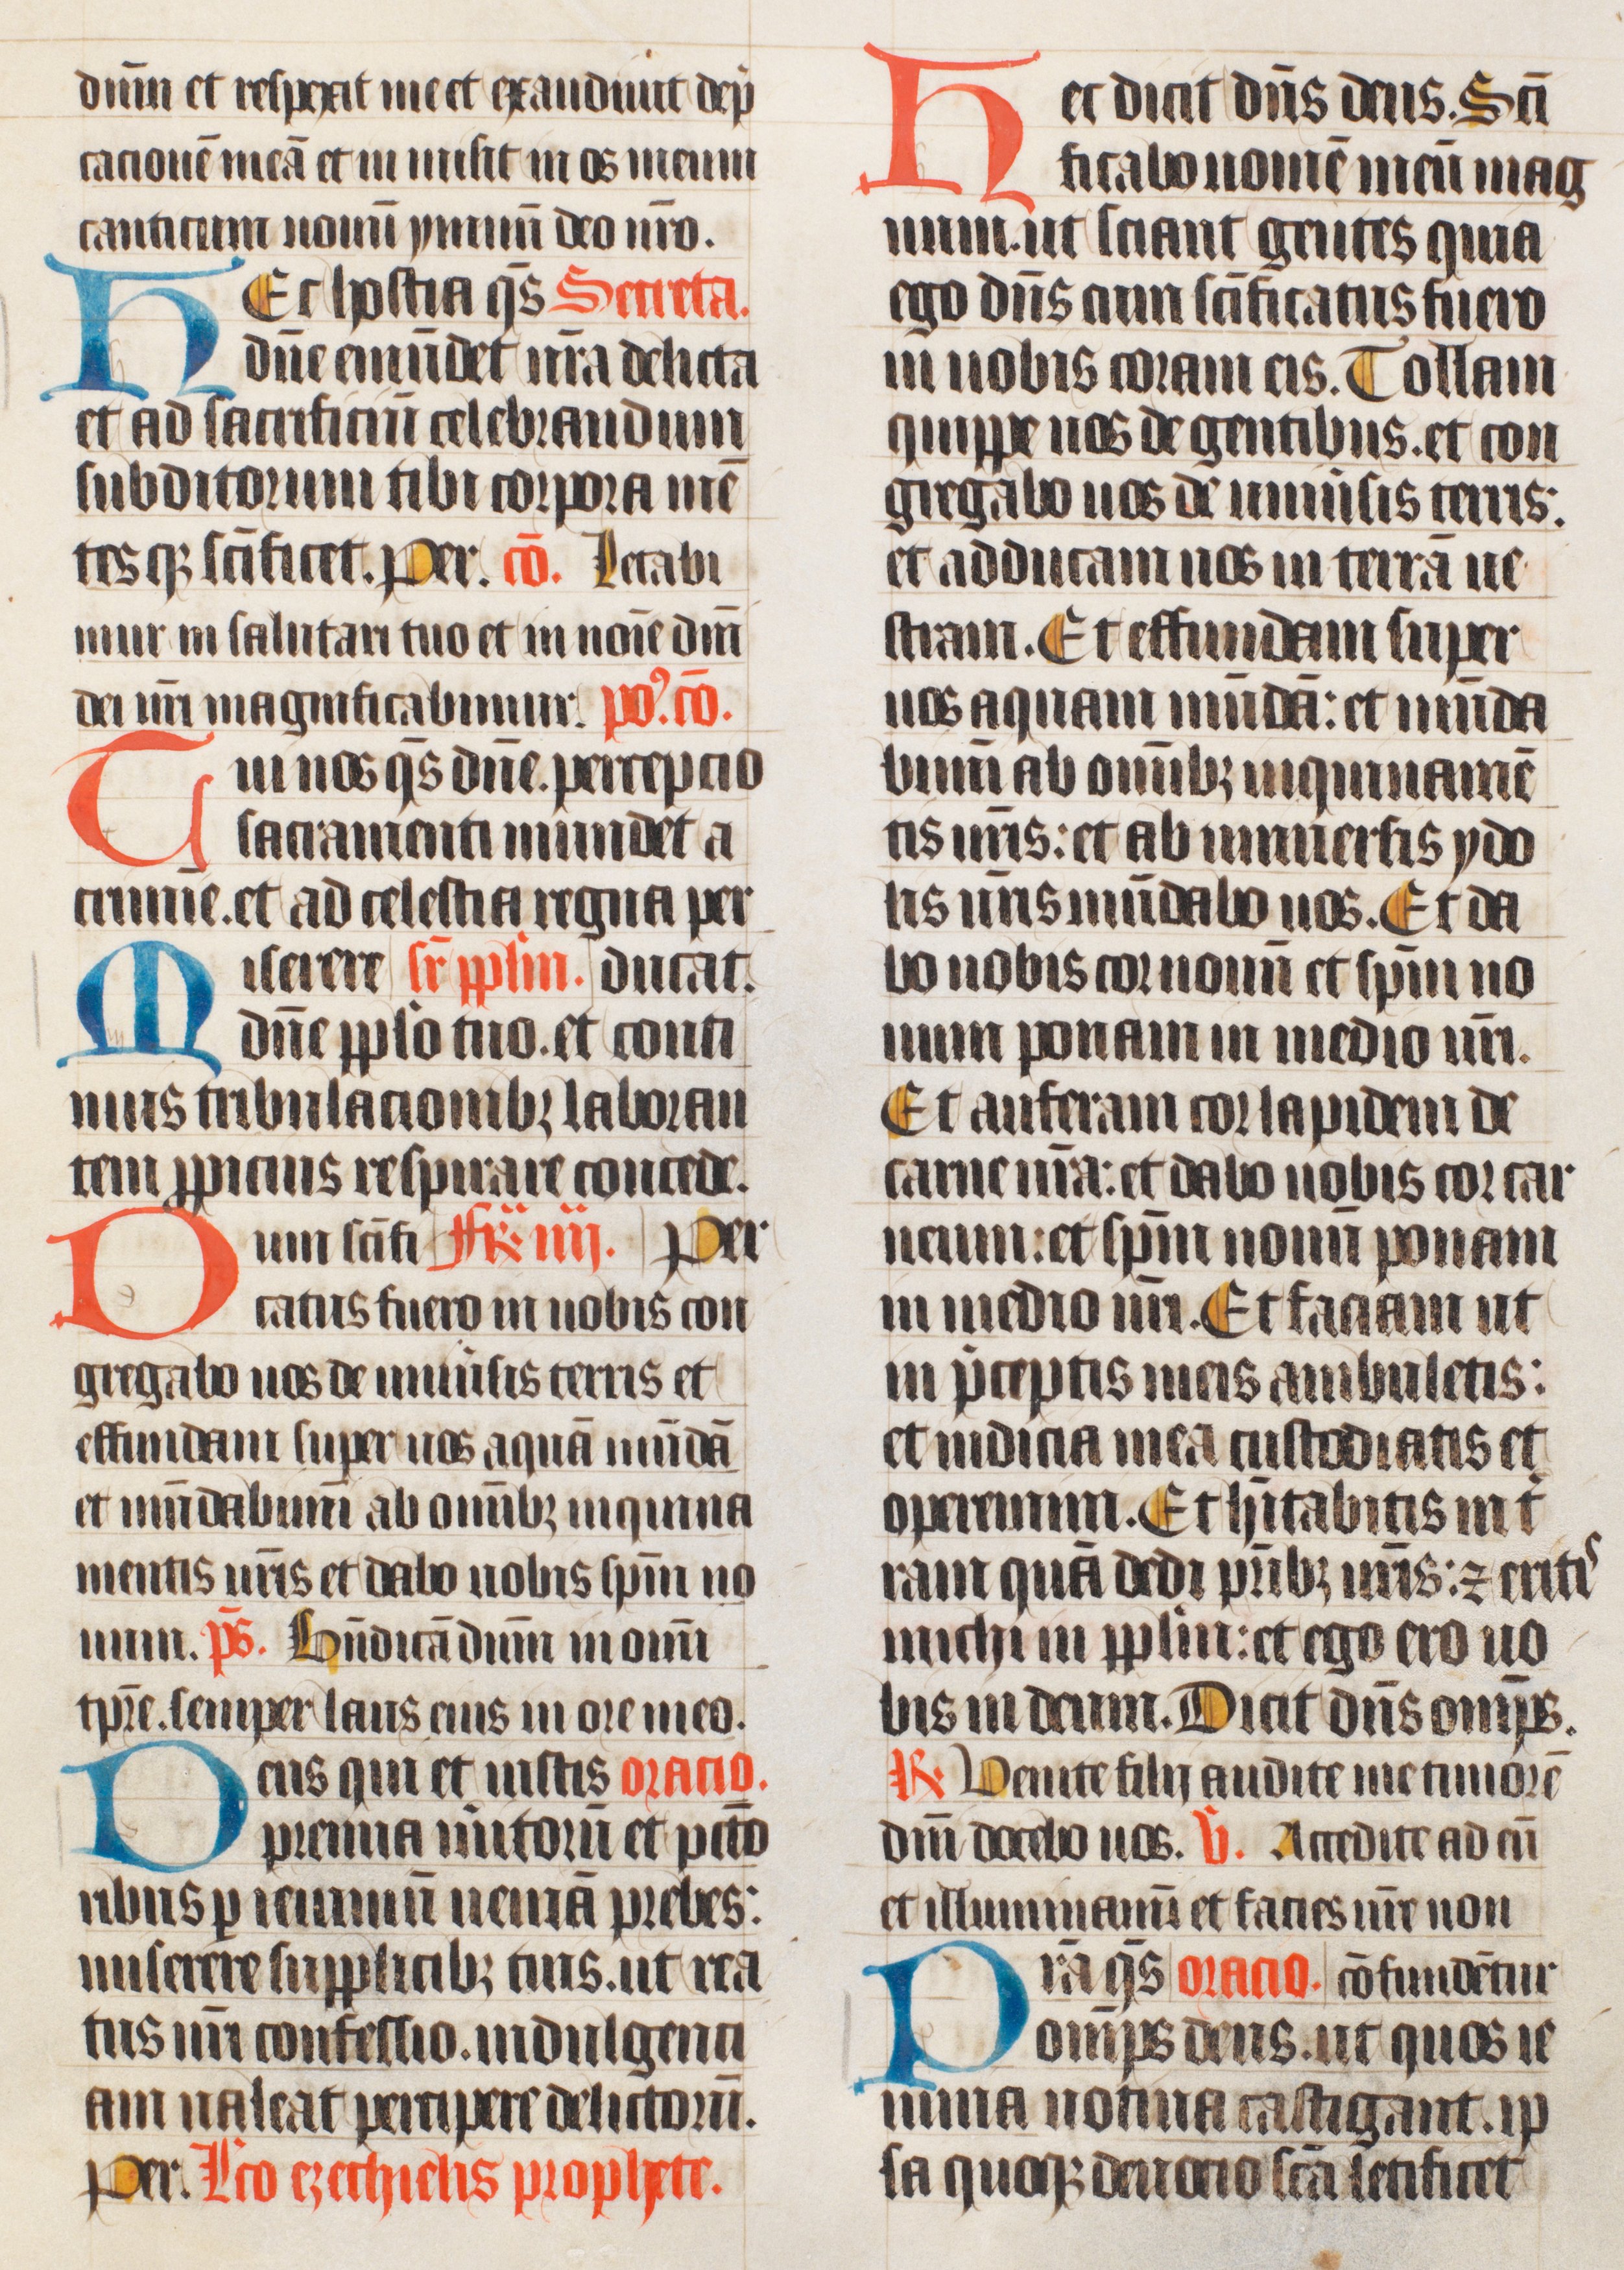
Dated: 1400–1499